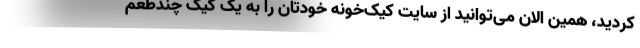
کردید، همین الان می‌توانید از سایت کیک‌خونه خودتان را به یک کیک چندطعم